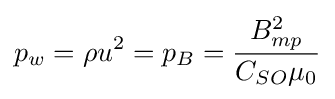
p_{w}=\rho u^{2}=p_{B}={\frac {B_{mp}^{2}}{C_{SO}\mu _{0}}}